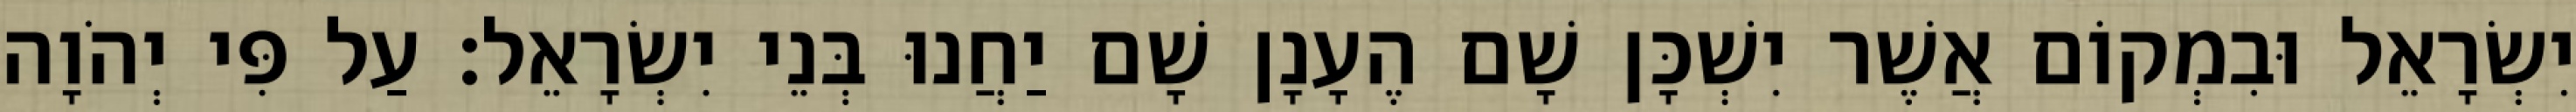
יִשְׂרָאֵל וּבִמְקוֹם אֲשֶׁר יִשְׁכָּן שָׁם הֶעָנָן שָׁם יַחֲנוּ בְּנֵי יִשְׂרָאֵל׃ עַל פִּי יְהֹוָה